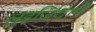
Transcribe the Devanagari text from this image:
लुइज़ियाने